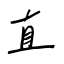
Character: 直